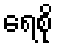
ရေစို